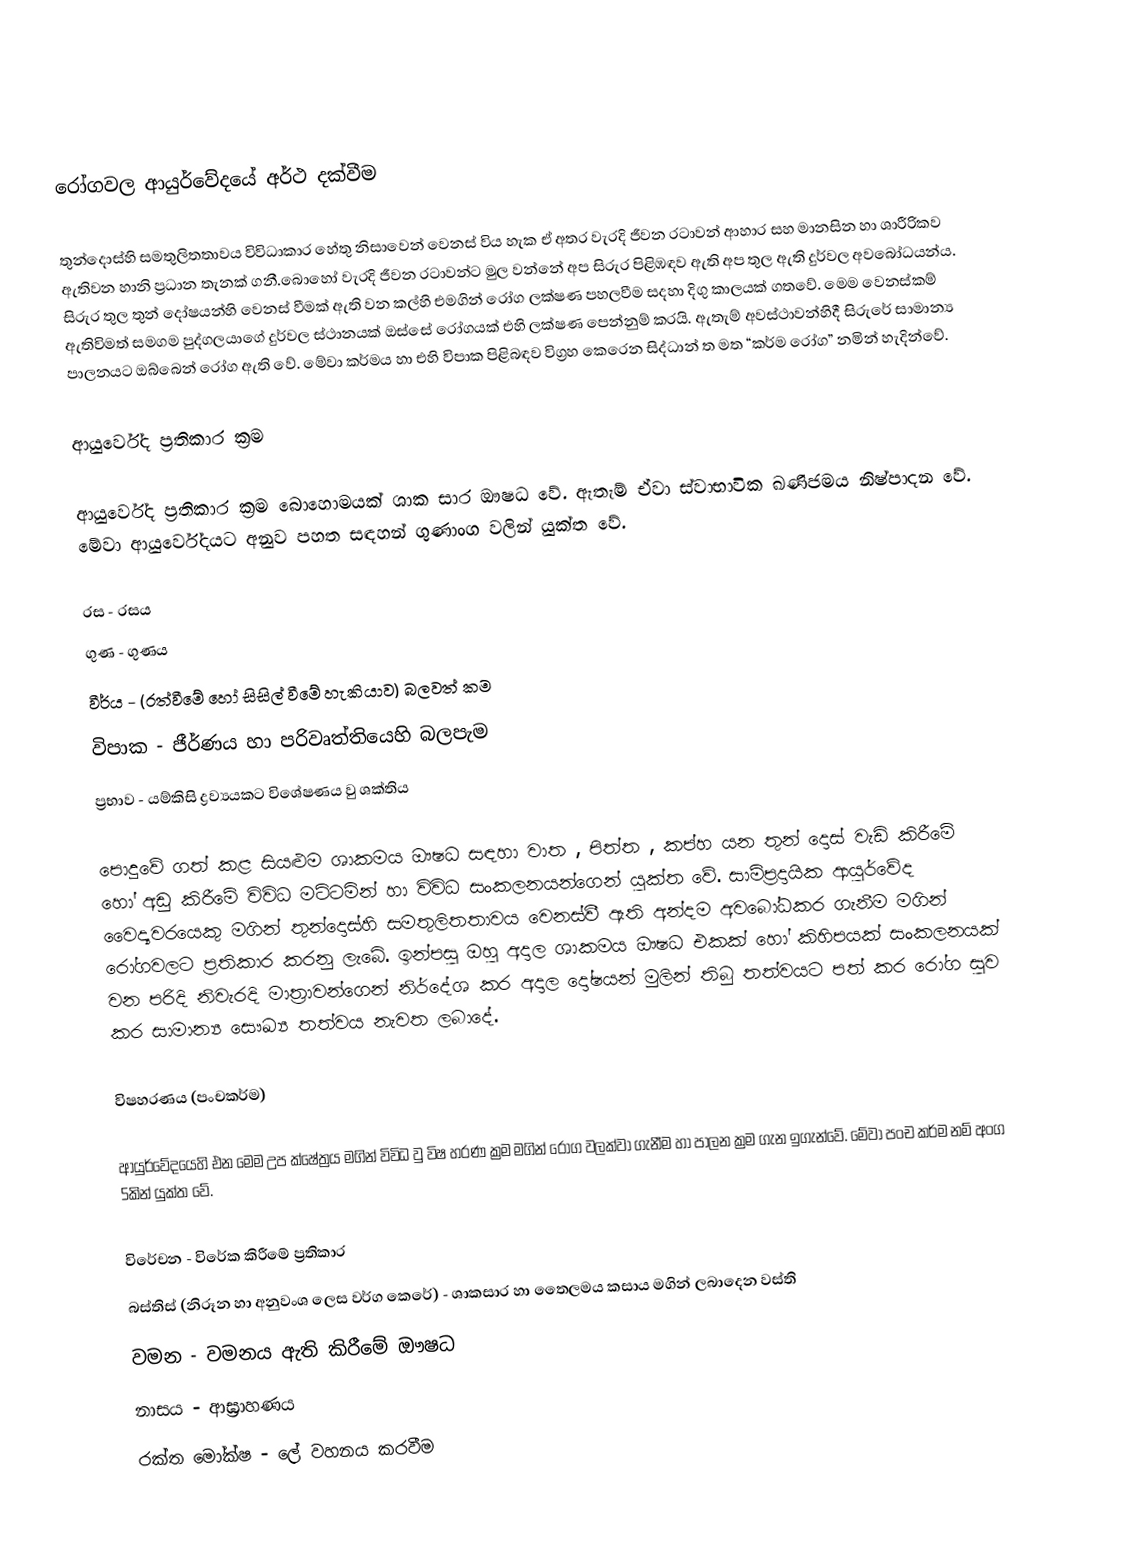

රෝගවල ආයුර්වේදයේ අර්ථ දක්වීම

තුන්දොස්හි සමතුලිතතාවය විවිධාකාර හේතු නිසාවෙන් වෙනස් විය හැක ඒ අතර  වැරදි ජීවන රටාවන් ආහාර සහ මානසින හා ශාරීරිකව ඇතිවන හානි ප්‍රධාන තැනක් ගනී.බොහෝ වැරදි ජීවන රටාවන්ට මුල වන්නේ අප සිරුර පිළිඹඳව ඇති අප තුල ඇති දුර්වල අවබෝධයන්ය.  සිරුර තුල තුන් දෝෂයන්හි වෙනස් වීමක් ඇති වන කල්හි එමගින් රෝග  ලක්ෂණ පහලවීම සදහා දිගු කාලයක් ‍ගතවේ. මෙම වෙනස්කම් ඇතිවිමත් සමගම පුද්ගලයාගේ දුර්වල ස්ථානයක් ඔස්සේ රෝගයක් එහි ලක්ෂණ පෙන්නුම් කරයි. ඇතැම් අවස්ථාවන්හිදී සිරුරේ සාමාන්‍ය පාලනයට ඔබ්බෙන් රෝග ඇති වේ. මේවා කර්මය හා එහි විපාක පිළිබඳව විග්‍රහ කෙරෙන සිද්ධාන් ත මත  “කර්ම රෝග” නමින්  හැදින්වේ.

ආයුර්වේද ප්‍රතිකාර ක්‍රම

ආයුර්වේද ප්‍රතිකාර ක්‍රම බොහොමයක් ශාක සාර ඖෂධ වේ. ඇතැම් ඒවා ස්වාභාවික ඛණිජමය නිෂ්පාදන වේ. මේවා ආයුර්වේදයට අනුව පහත සඳහන් ගුණාංග වලින් යුක්ත වේ.

	රස 	- 	රසය
	ගුණ	-	ගුණය
	වීර්ය	-	(රත්වීමේ හෝ සිසිල් වීමේ හැකියාව) බලවත් කම
	විපාක	-	ජීර්ණය හා පරිවෘත්තියෙහි බලපැම
	ප්‍රභාව	-	යම්කිසි ද්‍රව්‍යයකට විශේෂණය වු ශක්තිය

පොදුවේ ගත් කළ සියළුම ශාකමය ඖෂධ සඳහා වාත , පිත්ත , කප්හ යන තුන් දොස් වැඩි කිරීමේ හෝ අඩු කිරීමේ විවිධ මට්ටමින් හා විවිධ සංකලනයන්ගෙන් යුක්ත වේ. සාම්ප්‍රදායික ආයුර්වේද වෛද්‍යවරයෙකු මගින් තුන්දොස්හි සමතුලිතතාවය වෙනස්වී ඇති අන්දම අවබෝධකර ගැනීම මගින් රෝගවලට ප්‍රතිකාර කරනු ලැබේ. ඉන්පසු ඔහු අදාල ශාකමය ඖෂධ එකක් හෝ කිහිපයක් සංකලනයක් වන පරිදි නිවැරදි මාත්‍රාවන්ගෙන් නිර්දේශ කර අදාල දෝෂයන් මුලින් තිබු තත්වයට පත් කර රෝග සුව කර සාමාන්‍ය සෞඛ්‍ය තත්වය නැවත ලබාදේ.

විෂහරණය (පංචකර්ම)

ආයුර්වේදයෙහි එන මෙම උප ‍ක්ෂේත්‍රය මගින් විවිධ වු විෂ හරණ ක්‍රම මගින් රෝග වලක්වා ගැනීම හා පාලන ක්‍රම ගැන ඉගැන්වේ. මේවා පංච කර්ම නම් අංග 5කින් යුක්ත වේ.

	විරේචන	-	විරේක කිරීමේ ප්‍රතිකාර
	බස්තිස් (නිරූන හා අනුවංශ ලෙස වර්ග කෙරේ) - ශාකසාර හා තෛලමය කසාය මගින් ලබාදෙන වස්ති
	වමන		-	වමනය ඇති කිරීමේ ඖෂධ
	නාසය		- 	ආඝ්‍රාහණය
	රක්ත මෝක්ෂ	-	ලේ වහනය කරවීම